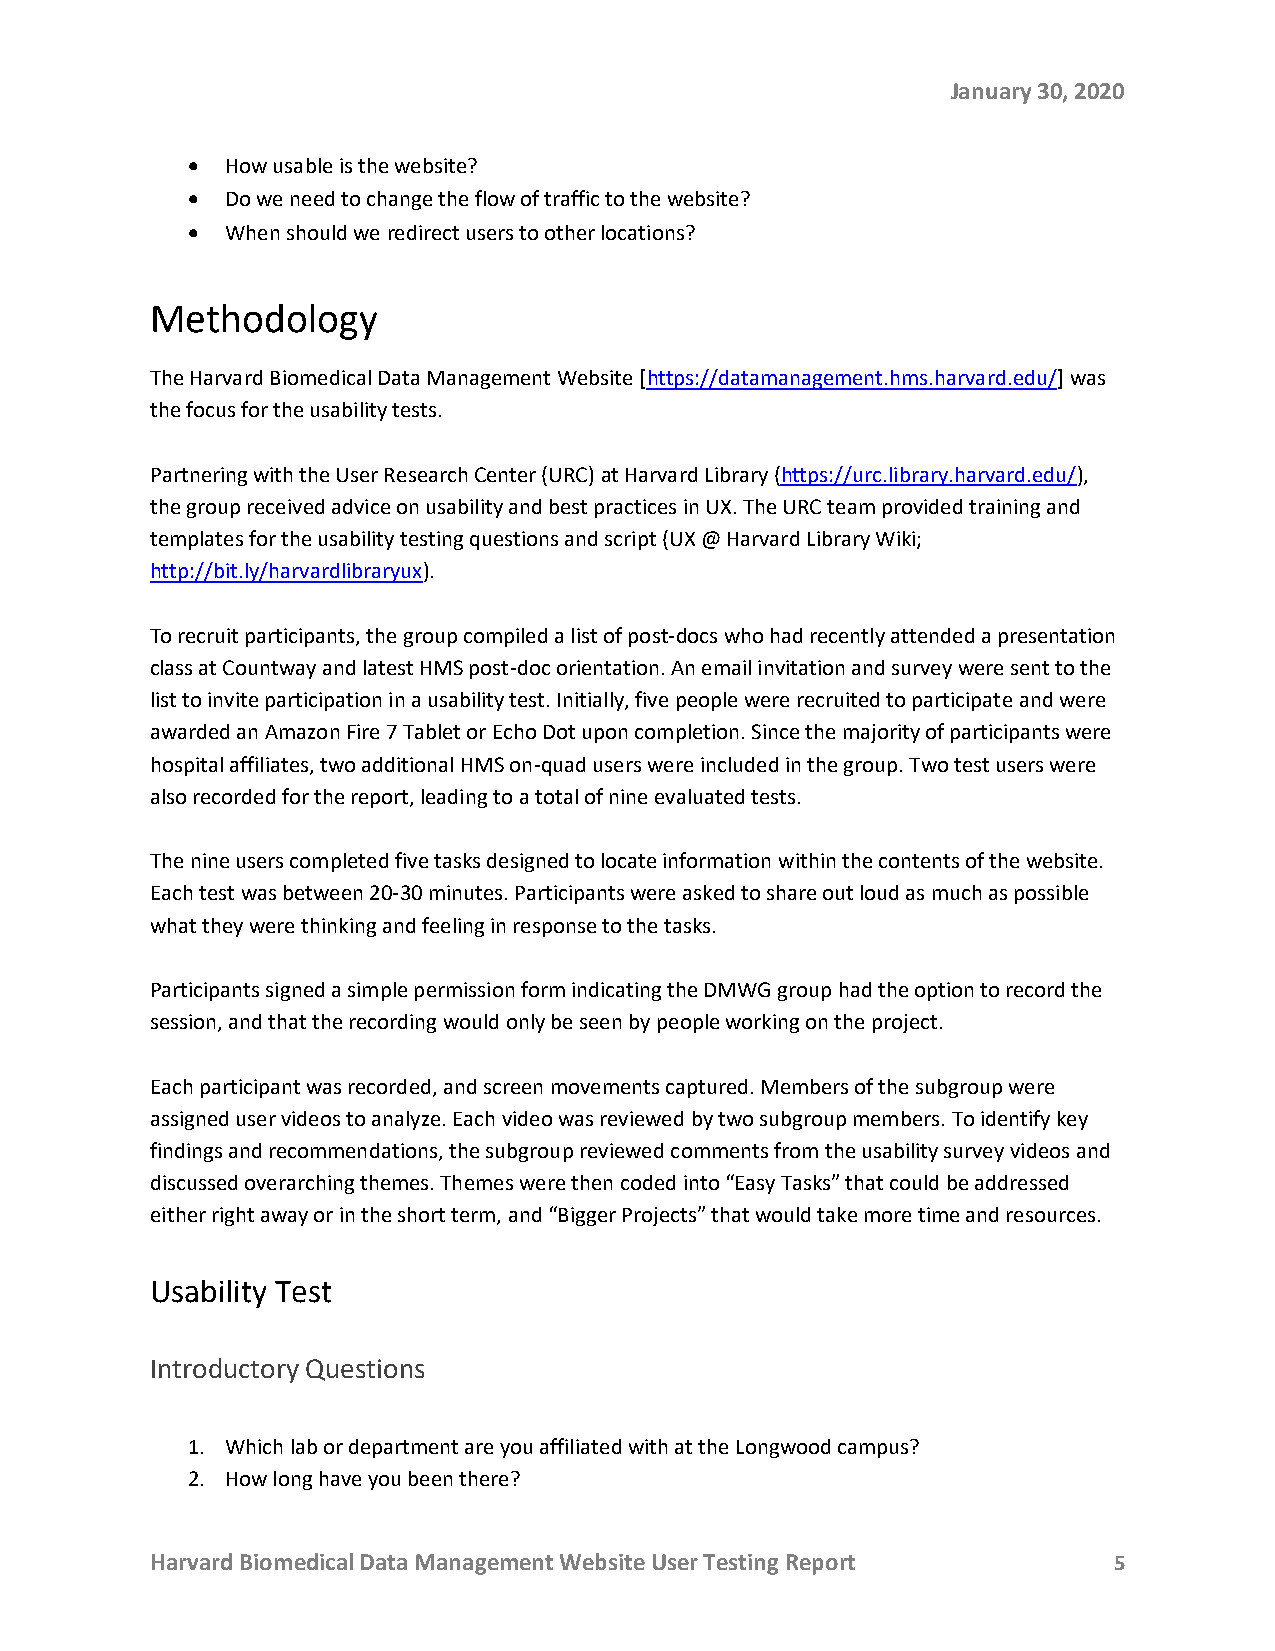
January 30, 2020
 •  How usable is the website?
 •  Do we need to change the flow of traffic to the website?
 •  When should we redirect users to other locations?
 Methodology
 The Harvard Biomedical Data Management Website [https://datamanagement.hms.harvard.edu/] was
 the focus for the usability tests.
 Partnering with the User Research Center (URC) at Harvard Library (https://urc.library.harvard.edu/),
 the group received advice on usability and best practices in UX. The URC team provided training and
 templates for the usability testing questions and script (UX @ Harvard Library Wiki;
 http://bit.ly/harvardlibraryux).
 To recruit participants, the group compiled a list of post-docs who had recently attended a presentation
 class at Countway and latest HMS post-doc orientation. An email invitation and survey were sent to the
 list to invite participation in a usability test. Initially, five people were recruited to participate and were
 awarded an Amazon Fire 7 Tablet or Echo Dot upon completion. Since the majority of participants were
 hospital affiliates, two additional HMS on-quad users were included in the group. Two test users were
 also recorded for the report, leading to a total of nine evaluated tests.
 The nine users completed five tasks designed to locate information within the contents of the website.
 Each test was between 20-30 minutes. Participants were asked to share out loud as much as possible
 what they were thinking and feeling in response to the tasks.
 Participants signed a simple permission form indicating the DMWG group had the option to record the
 session, and that the recording would only be seen by people working on the project.
 Each participant was recorded, and screen movements captured. Members of the subgroup were
 assigned user videos to analyze. Each video was reviewed by two subgroup members. To identify key
 findings and recommendations, the subgroup reviewed comments from the usability survey videos and
 discussed overarching themes. Themes were then coded into “Easy Tasks” that could be addressed
 either right away or in the short term, and “Bigger Projects” that would take more time and resources.
 Usability Test
 Introductory Questions
 1. Which lab or department are you affiliated with at the Longwood campus?
 2. How long have you been there?
 Harvard Biomedical Data Management Website User Testing Report  5